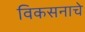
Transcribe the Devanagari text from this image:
विकसनाचे